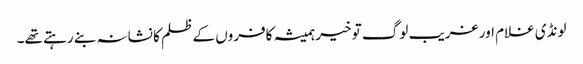
لونڈی غلام اور غریب لوگ تو خیر ہمیشہ کافروں کے ظلم کا نشانہ بنے رہتے تھے۔